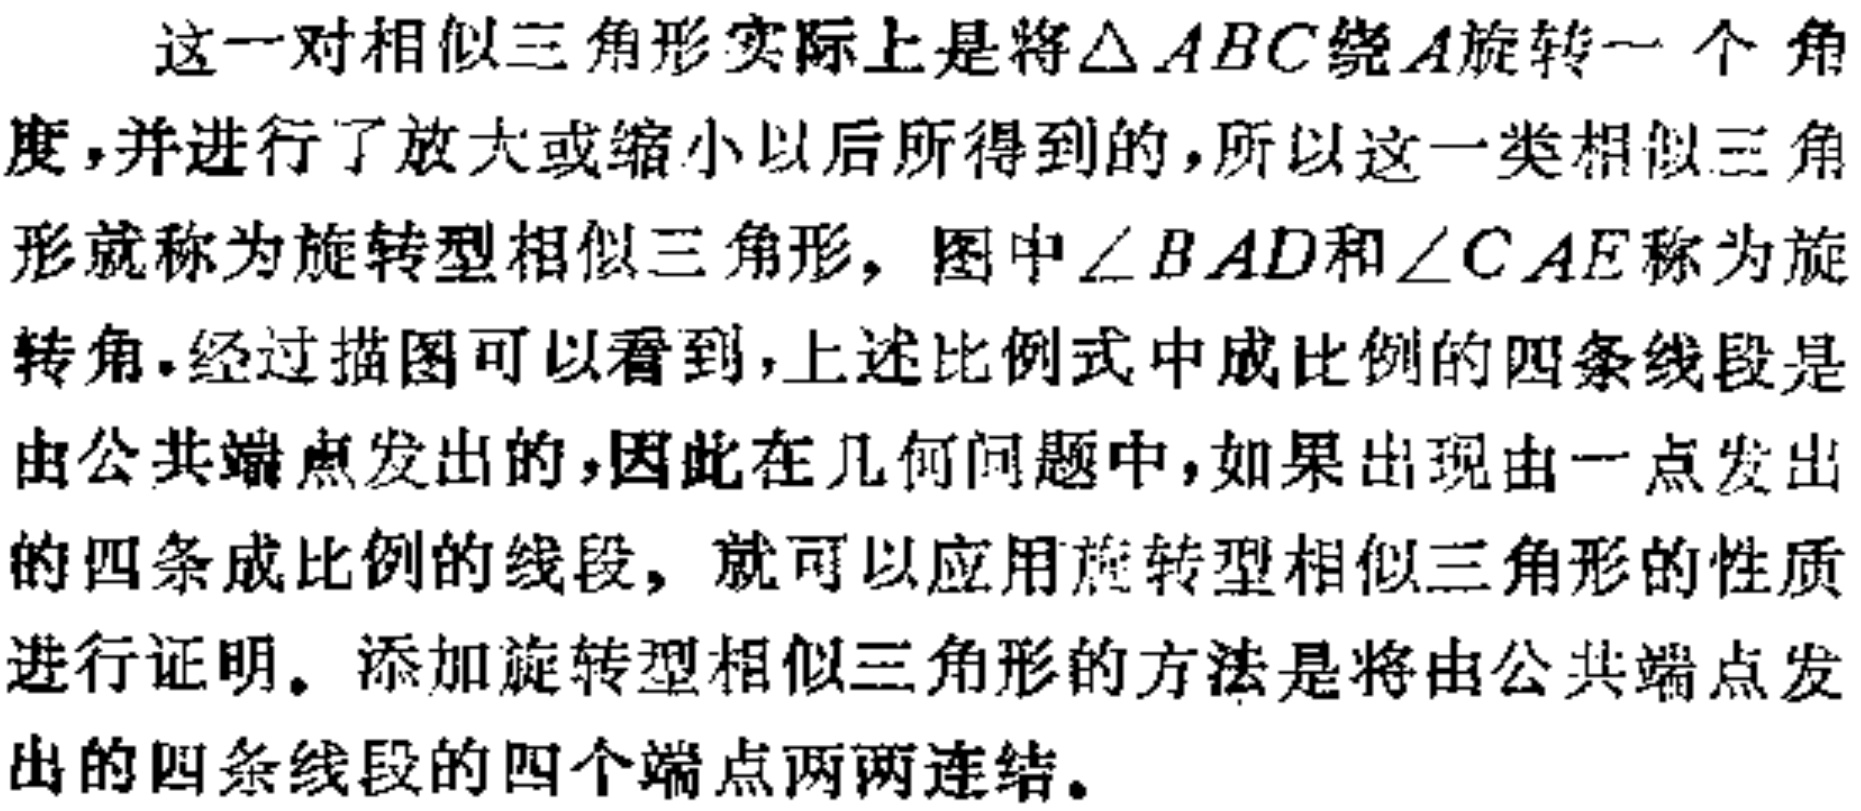
这一对相似三角形实际上是将$\triangle ABC$绕$A$旋转一个角度,并进行了放大或缩小以后所得到的,所以这一类相似三角形就称为旋转型相似三角形, 图中$\angle BAD$和$\angle CAE$称为旋转角.经过描图可以看到,上述比例式中成比例的四条线段是由公共端点发出的,因此在几何问题中,如果出现由一点发出的四条成比例的线段, 就可以应用旋转型相似三角形的性质进行证明。添加旋转型相似三角形的方法是将由公共端点发出的四条线段的四个端点两两连结。